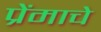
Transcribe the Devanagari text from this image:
प्रेंमाचे